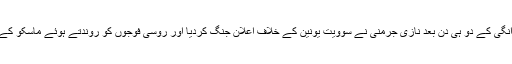
باقیات کی ماسکو روانگی کے دو ہی دن بعد نازی جرمنی نے سوویت یونین کے خلاف اعلانِ جنگ کردِیا اور روسی فوجوں کو روندتے ہوئے ماسکو کے نواح میں پہنچ گئے۔